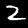
Digit: 2